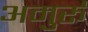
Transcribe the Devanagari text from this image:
अमुर्रू